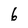
Character: 6